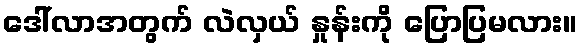
ဒေါ်လာအတွက် လဲလှယ် နှုန်းကို ပြောပြမလား။